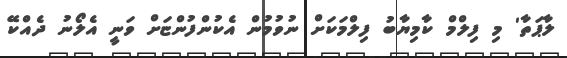
ލާޕަތާ' މި ފިލްމް ކާމިޔާބު ފިލްމަކަށް ނުވުމުން އެކުންފުންޏަށް ވަނީ އެލޯނު ދެއްކޭ